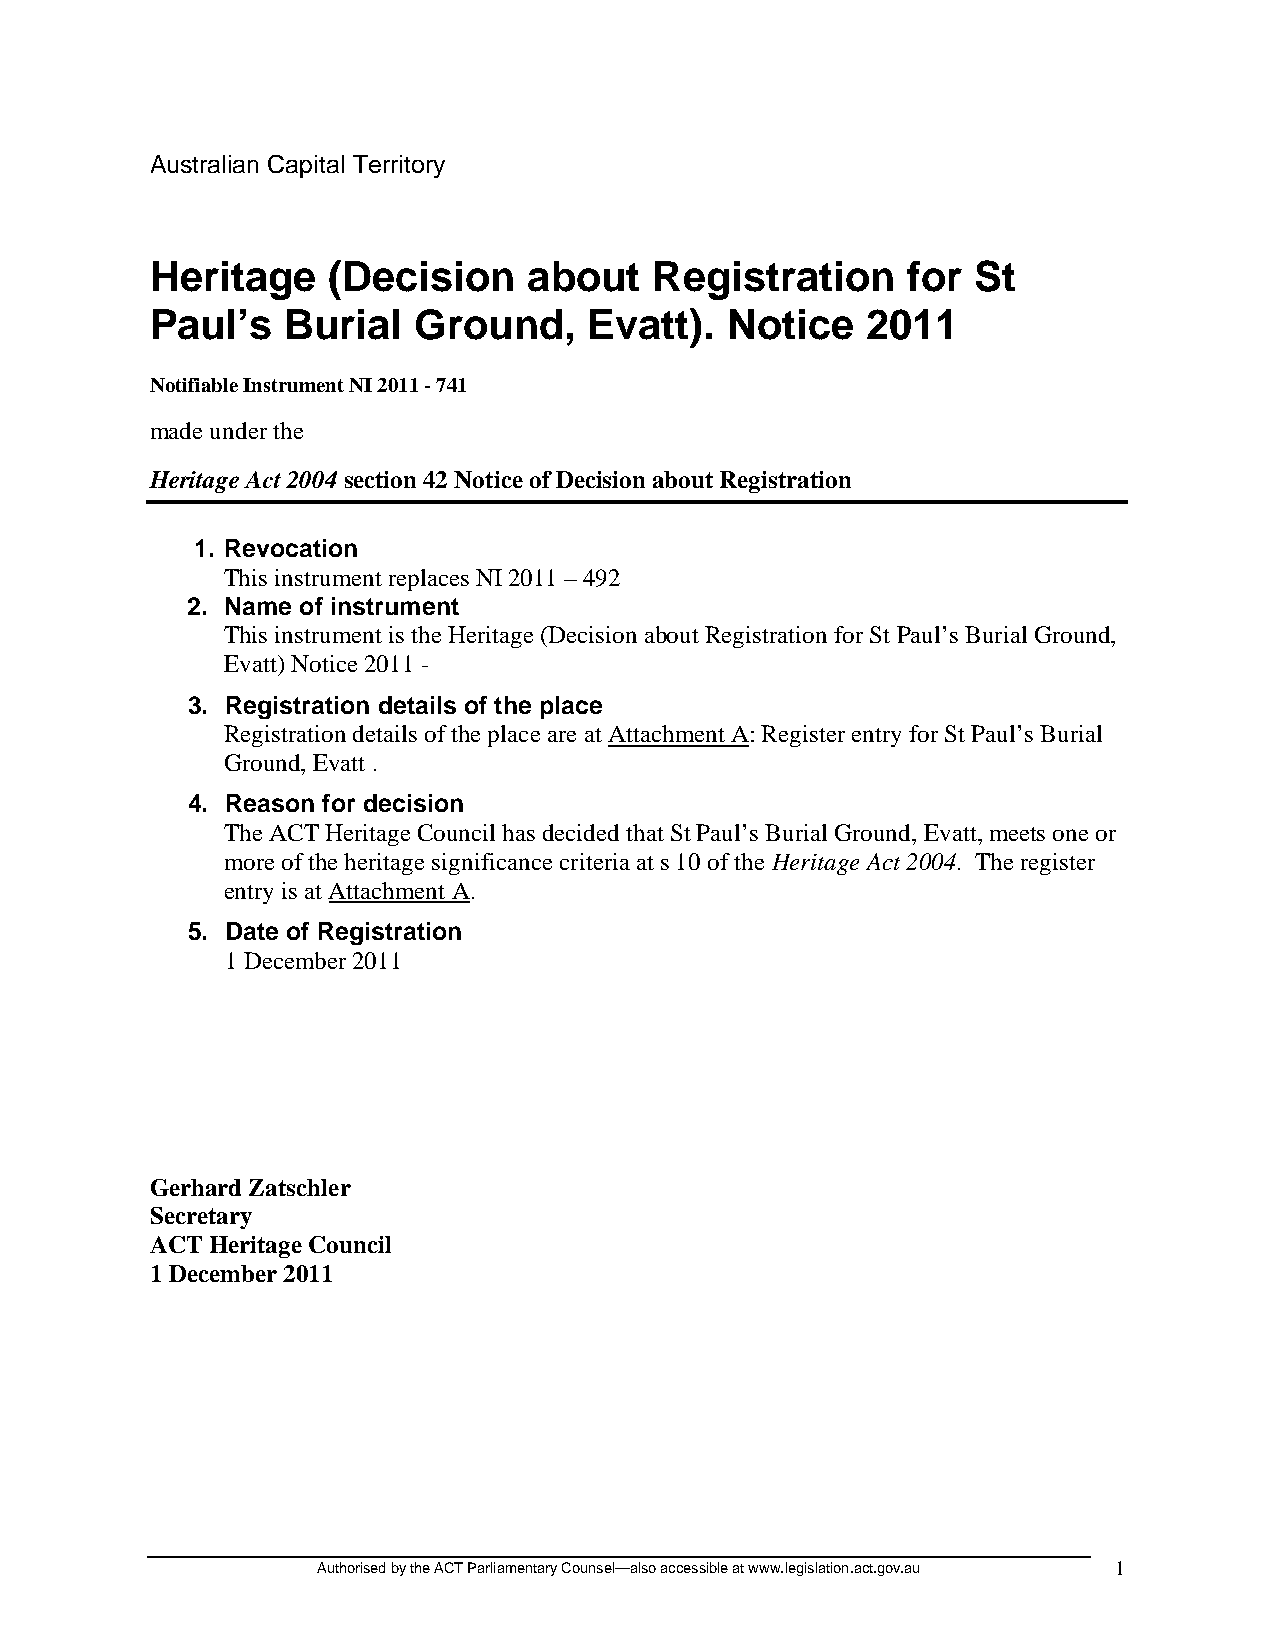
Australian Capital Territory
 Heritage    (Decision    about   Registration     for  St
 Paul’s   Burial  Ground,     Evatt).  Notice   2011
 Notifiable Instrument NI 2011 - 741
 made under the
 Heritage Act 2004 section 42 Notice of Decision about Registration
 1. Revocation
 This instrument replaces NI 2011 – 492
 2. Name of instrument
 This instrument is the Heritage (Decision about Registration for St Paul’s Burial Ground,
 Evatt) Notice 2011 -
 3. Registration details of the place
 Registration details of the place are at Attachment A: Register entry for St Paul’s Burial
 Ground, Evatt .
 4. Reason for decision
 The ACT Heritage Council has decided that St Paul’s Burial Ground, Evatt, meets one or
 more of the heritage significance criteria at s 10 of the Heritage Act 2004. The register
 entry is at Attachment A.
 5. Date of Registration
 1 December 2011
 Gerhard Zatschler
 Secretary
 ACT Heritage Council
 1 December 2011
 Authorised by the ACT Parliamentary Counsel—also accessible at www.legislation.act.gov.au 1